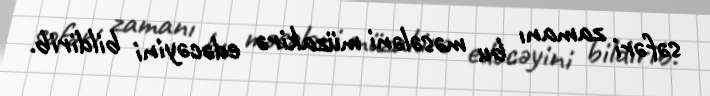
səfəri zamanı bu məsələni müzakirə edəcəyini bildirib.